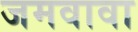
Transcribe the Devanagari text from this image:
जमवावा